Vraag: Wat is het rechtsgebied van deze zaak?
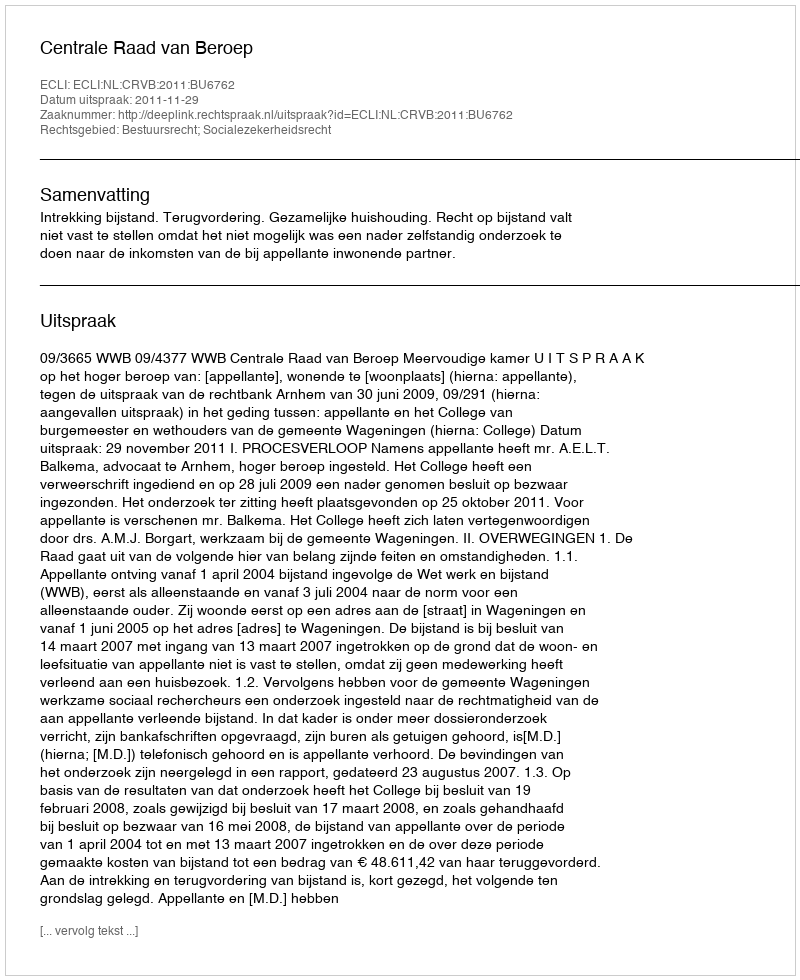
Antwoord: Bestuursrecht; Socialezekerheidsrecht